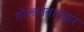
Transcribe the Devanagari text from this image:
गोल्डनवायझर